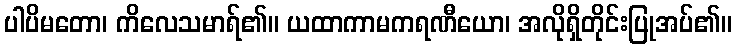
ပါပိမတော၊ ကိလေသမာရ်၏။ ယထာကာမကရဏီယော၊ အလိုရှိတိုင်းပြုအပ်၏။